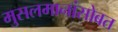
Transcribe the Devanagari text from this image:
मुसलमानांसोबत